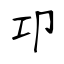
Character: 卭